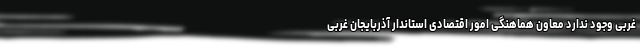
غربی وجود ندارد معاون هماهنگی امور اقتصادی استاندار آذربایجان غربی